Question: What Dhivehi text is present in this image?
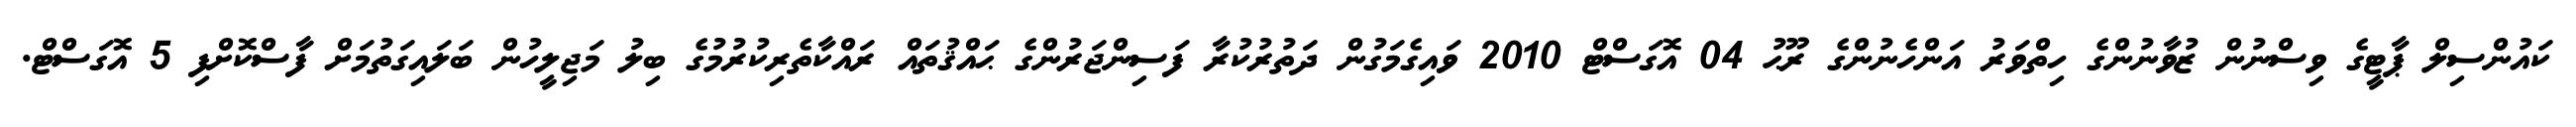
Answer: ކައުންސިލް ޕާޓީގެ ވިސްނުން ޒުވާނުންގެ ހިތްވަރު އަންހެނުންގެ ރޫޙު 04 އޮގަސްޓް 2010 ވައިގެމަގުން ދަތުރުކުރާ ފަސިންޖަރުންގެ ޙައްޤުތައް ރައްކާތެރިކުރުމުގެ ބިލު މަޖިލީހުން ބަލައިގަތުމަށް ފާސްކޮށްފި 5 އޮގަސްޓް.